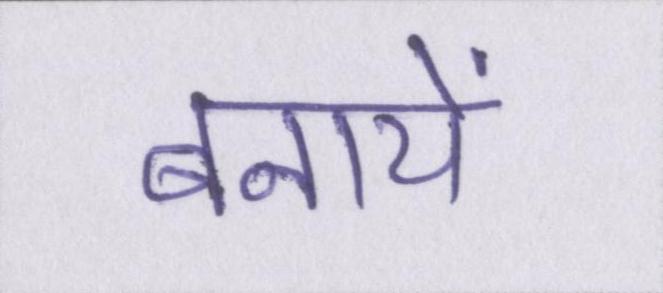
बनायें